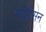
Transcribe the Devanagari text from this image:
माडीसन